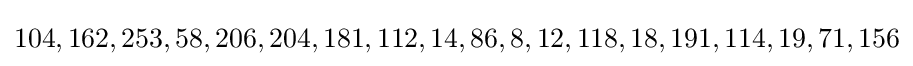
104,162,253,58,206,204,181,112,14,86,8,12,118,18,191,114,19,71,156